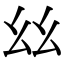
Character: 𢆶